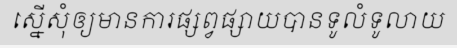
ស្នើសុំឲ្យមានការផ្សព្វផ្សាយបានទូលំទូលាយ